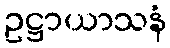
ဥဋ္ဌာယာသနံ